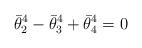
LaTeX: \begin{align*}\bar{\theta}_{2}^{4}-\bar{\theta}_{3}^{4}+\bar{\theta}_{4}^{4}=0\end{align*}